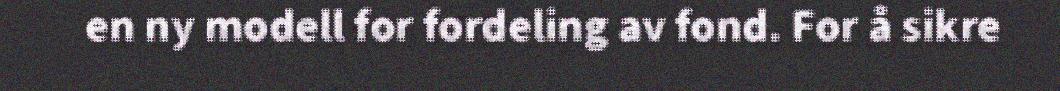
en ny modell for fordeling av fond. For å sikre